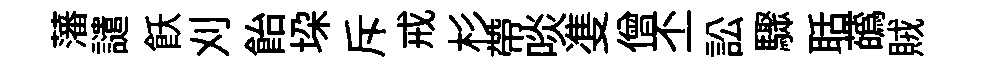
藩譴飫刈飴垜斥戒杉帶啖㕠僧丕訟驟聒蘤賊